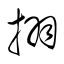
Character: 挧